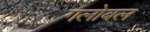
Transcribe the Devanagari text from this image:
गलोबल